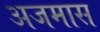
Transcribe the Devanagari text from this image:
अजमास